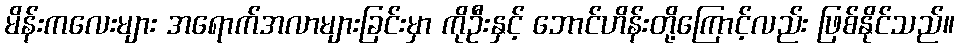
မိန်းကလေးများ အရောက်အလာများခြင်းမှာ ကိုဦးနှင့် ဘောင်ဟိန်းတို့ကြောင့်လည်း ဖြစ်နိုင်သည်။